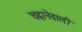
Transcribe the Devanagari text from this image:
चढ़ानेवाली